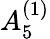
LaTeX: {A}_{5}^{(1)}